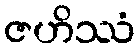
ဇဟိဿံ